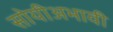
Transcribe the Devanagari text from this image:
सोयीअभावी